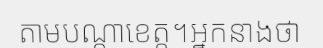
តាមបណ្តាខេត្ត។អ្នកនាងថា